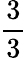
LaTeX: \frac{3}{3}